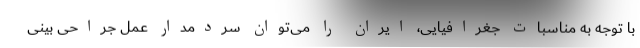
با توجه به مناسبات جغرافیایی، ایران را می‌توان سردمدار عمل جراحی بینی